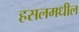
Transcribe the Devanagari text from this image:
हसलमधील